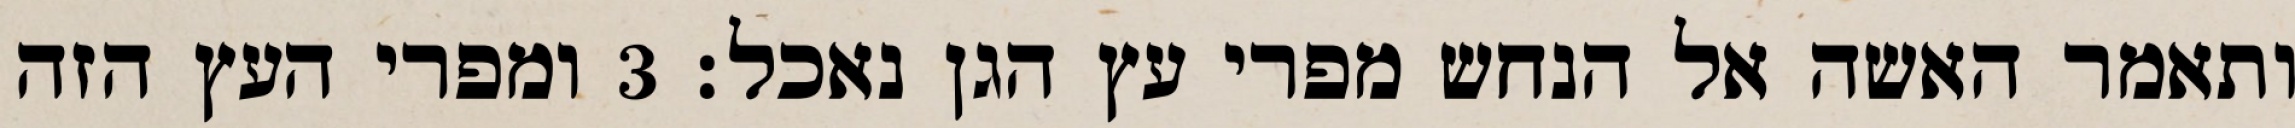
ותאמר האשה אל הנחש מפרי עץ הגן נאכל׃ ‎3‏ ומפרי העץ הזה